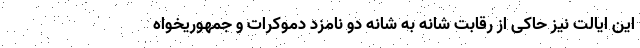
این ایالت نیز حاکی از رقابت شانه به شانه دو نامزد دموکرات و جمهوریخواه